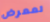
لمعرض